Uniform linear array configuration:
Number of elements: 32
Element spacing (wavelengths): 1
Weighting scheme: exponential
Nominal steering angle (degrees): -30
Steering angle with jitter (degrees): -28.381
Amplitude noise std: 0.05
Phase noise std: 0.05

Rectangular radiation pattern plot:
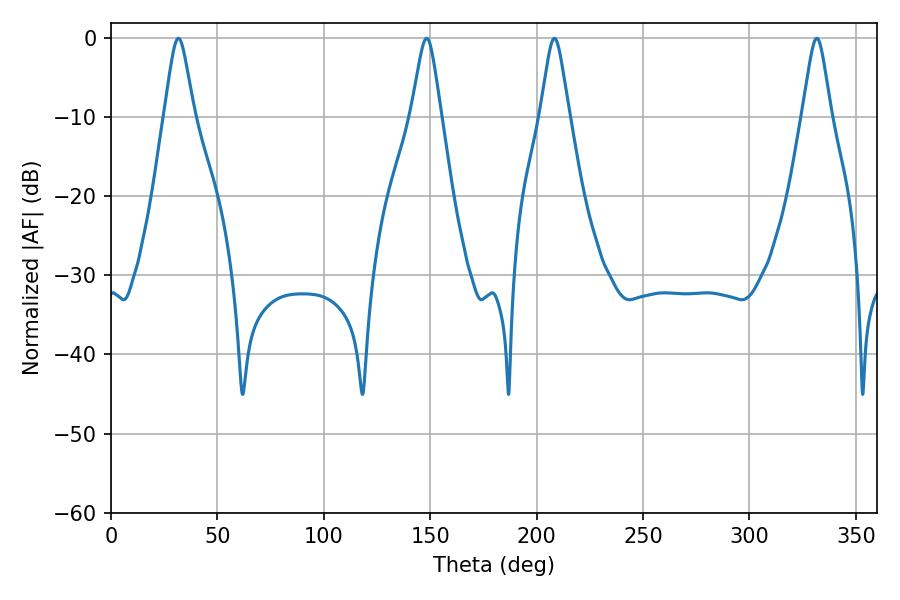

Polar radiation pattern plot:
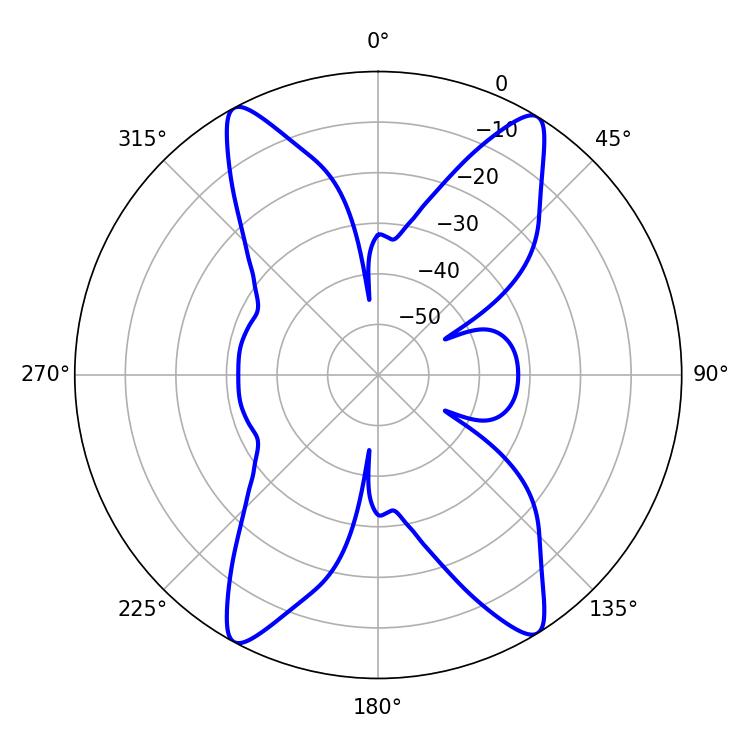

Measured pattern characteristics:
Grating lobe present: TRUE
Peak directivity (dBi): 19.579
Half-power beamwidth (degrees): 6.66
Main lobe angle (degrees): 31.68